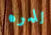
للمره